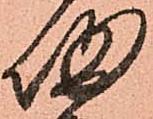
帰